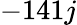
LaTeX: -141j